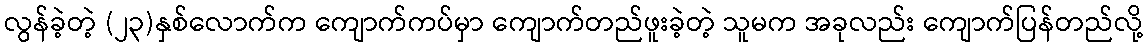
လွန်ခဲ့တဲ့ (၂၃)နှစ်လောက်က ကျောက်ကပ်မှာ ကျောက်တည်ဖူးခဲ့တဲ့ သူမက အခုလည်း ကျောက်ပြန်တည်လို့